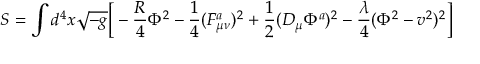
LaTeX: S = \int d ^ { 4 } x \sqrt { - g } \Big [ - { \frac { R } { 4 } } \Phi ^ { 2 } - { \frac { 1 } { 4 } } ( F _ { \mu \nu } ^ { a } ) ^ { 2 } + { \frac { 1 } { 2 } } ( { \cal D } _ { \mu } \Phi ^ { a } ) ^ { 2 } - { \frac { \lambda } { 4 } } ( \Phi ^ { 2 } - v ^ { 2 } ) ^ { 2 } \Big ]